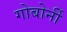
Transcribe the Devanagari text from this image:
गोबोर्नी